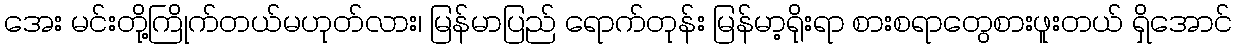
အေး မင်းတို့ကြိုက်တယ်မဟုတ်လား၊ မြန်မာပြည် ရောက်တုန်း မြန်မာ့ရိုးရာ စားစရာတွေစားဖူးတယ် ရှိအောင်